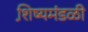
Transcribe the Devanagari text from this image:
शि़ष्यमंडळी